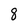
Character: 8